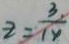
z = \frac { 3 } { 1 4 }